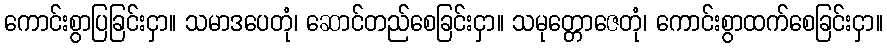
ကောင်းစွာပြခြင်းငှာ။ သမာဒပေတုံ၊ ဆောင်တည်စေခြင်းငှာ။ သမုတ္တောဇေတုံ၊ ကောင်းစွာထက်စေခြင်းငှာ။